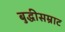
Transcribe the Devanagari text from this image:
बुद्धीसम्राट